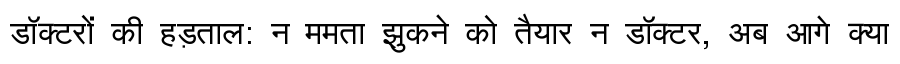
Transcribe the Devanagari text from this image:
डॉक्टरों की हड़ताल: न ममता झुकने को तैयार न डॉक्टर, अब आगे क्या